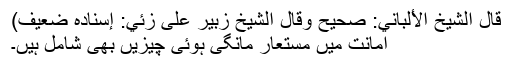
قال الشيخ الألباني: صحيح وقال الشيخ زبير على زئي: إسناده ضعيف)
امانت میں مستعار مانگی ہوئی چیزیں بھی شامل ہیں۔